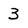
Character: 3